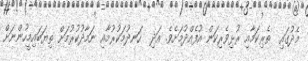
މެދުގައި  ތެރިކަމާއި ރުޅިވެރިކަން އުފެއްދުމަށެވެ. އަދި  ހަނދުމަކުރުމާއި ނަމާދުކުރުމަށް ތިޔަބައިމީހުންނަށް